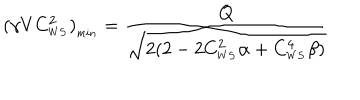
( \gamma V C _ { _ { W S } } ^ { 2 } ) _ { _ { m i n } } = \frac { Q } { \sqrt { 2 ( 2 - 2 C _ { _ { W S } } ^ { 2 } \alpha + C _ { _ { W S } } ^ { 4 } \beta ) } }